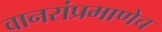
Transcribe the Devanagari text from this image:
वानरांप्रमाणेच